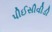
પીઈસીવીડી